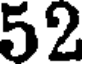
52